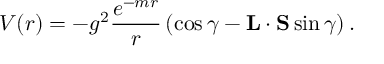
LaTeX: V ( r ) = - g ^ { 2 } \frac { e ^ { - m r } } { r } \left( \cos \gamma - { \bf L } \cdot { \bf S } \sin \gamma \right) .